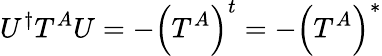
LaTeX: U^{\dagger}T^{A}U=-\left(T^{A}\right)^{t}=-\left(T^{A}\right)^{*}